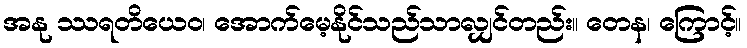
အနု ဿရတိယေဝ၊ အောက်မေ့နိုင်သည်သာလျှင်တည်း။ တေန၊ ကြောင့်။